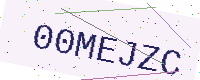
Text: 00MEJZC